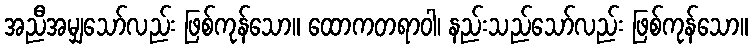
အညီအမျှသော်လည်း ဖြစ်ကုန်သော။ ထောကတရာဝါ၊ နည်းသည်သော်လည်း ဖြစ်ကုန်သော။